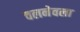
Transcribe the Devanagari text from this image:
चलनेवला